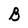
Character: B